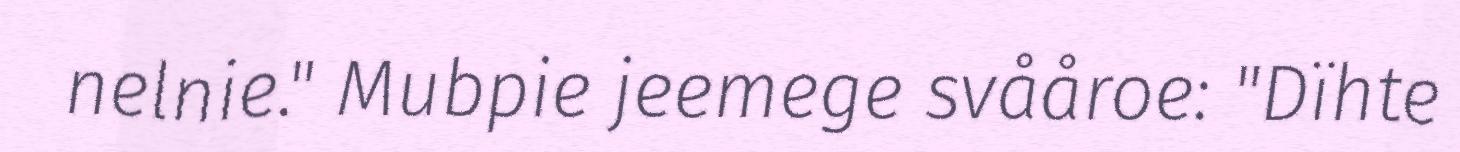
nelnie." Mubpie jeemege svååroe: "Dïhte